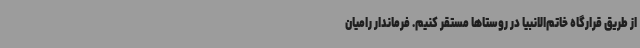
از طریق قرارگاه خاتم‌الانبیا در روستاها مستقر کنیم. فرماندار رامیان